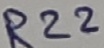
Text: R22